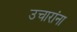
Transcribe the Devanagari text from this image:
उचारांना